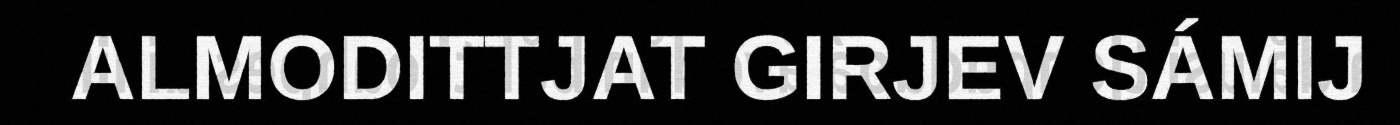
ALMODITTJAT GIRJEV SÁMIJ